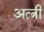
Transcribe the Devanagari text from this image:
अत्त्री